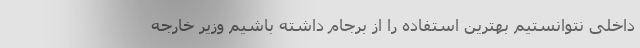
داخلی نتوانستیم بهترین استفاده را از برجام داشته باشیم وزیر خارجه